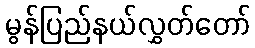
မွန်ပြည်နယ်လွှတ်တော်